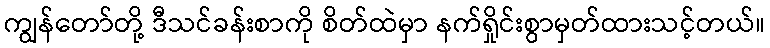
ကျွန်တော်တို့ ဒီသင်ခန်းစာကို စိတ်ထဲမှာ နက်ရှိုင်းစွာမှတ်ထားသင့်တယ်။